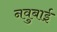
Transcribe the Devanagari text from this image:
नवुबाई